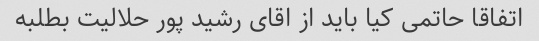
اتفاقا حاتمی کیا باید از اقای رشید پور حلالیت بطلبه